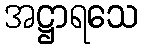
အဋ္ဌာရသေ